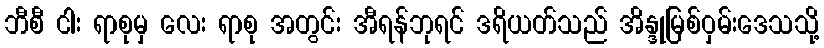
ဘီစီ ငါး ရာစုမှ လေး ရာစု အတွင်း အီရန်ဘုရင် ဒရိယတ်သည် အိန္ဒုမြစ်ဝှမ်းဒေသသို့